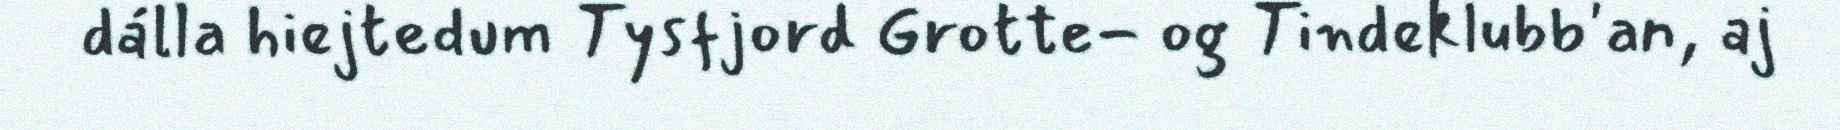
dálla hiejtedum Tysfjord Grotte- og Tindeklubb'an, aj